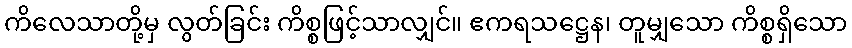
ကိလေသာတို့မှ လွတ်ခြင်း ကိစ္စဖြင့်သာလျှင်။ ဧကရသဋ္ဌေန၊ တူမျှသော ကိစ္စရှိသော